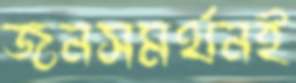
জনসমর্থনই